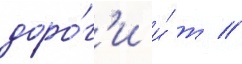
доро́г'и и́ т //